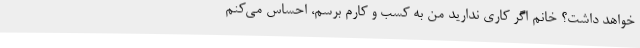
خواهد داشت؟ خانم اگر کاری ندارید من به کسب و کارم برسم، احساس می‌کنم